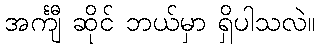
အင်္ကျီ ဆိုင် ဘယ်မှာ ရှိပါသလဲ။